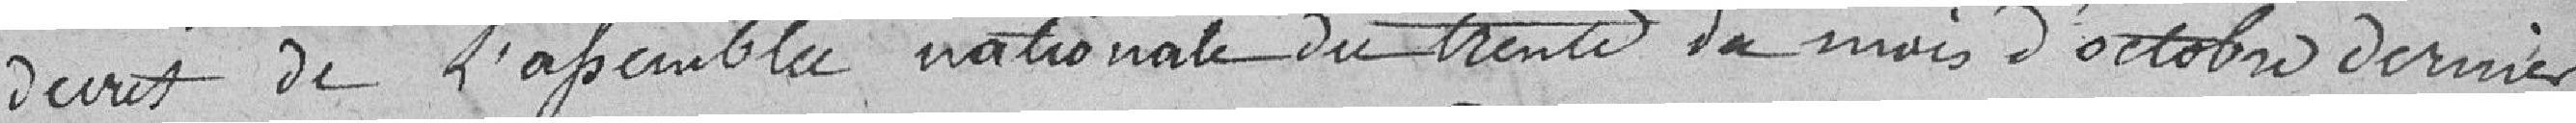
décret de l'assemblée nationale du trente du mois d'octobre dernier,